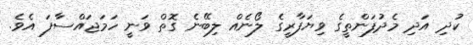
ކުދި އަދި މެދުފަންތީގެ ވިޔަފާރީގެ ލޯނެއް ލިބޭނެ ގޮތް ވަނީ ހަމަޖައްސާފަ އެވެ.